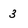
Character: 3